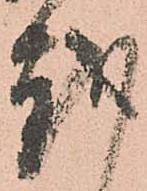
越